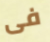
فى